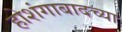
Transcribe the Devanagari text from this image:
होशंगाबादच्या